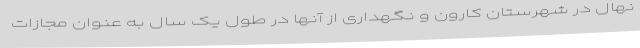
نهال در شهرستان کارون و نگهداری از آنها در طول یک سال به عنوان مجازات